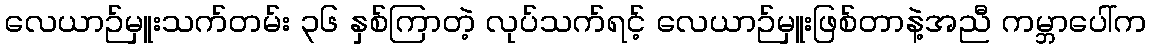
လေယာဉ်မှူးသက်တမ်း ၃၆ နှစ်ကြာတဲ့ လုပ်သက်ရင့် လေယာဉ်မှူးဖြစ်တာနဲ့အညီ ကမ္ဘာပေါ်က